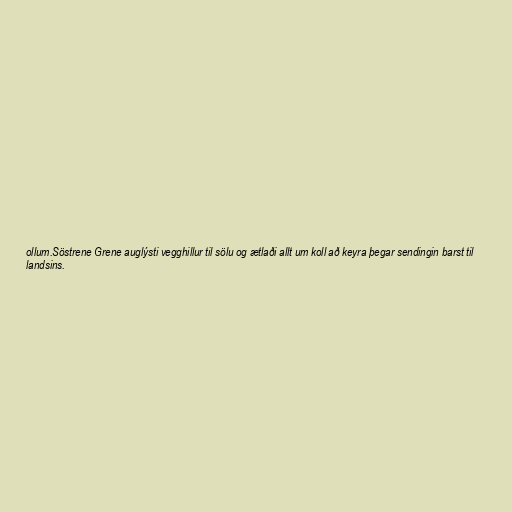
ollum.Söstrene Grene auglýsti vegghillur til sölu og ætlaði allt um koll að keyra þegar sendingin barst til
landsins.